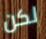
لكن